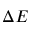
\Delta E